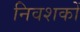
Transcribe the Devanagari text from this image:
निवशकों